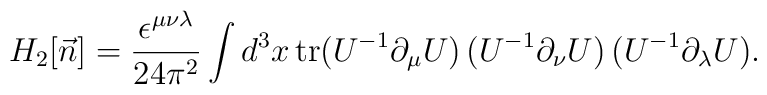
H_2[\vec n] = \frac{\epsilon^{\mu\nu\lambda}}{24\pi^2}    \int d^3 x\, \mbox{tr}(U^{-1}\partial_\mu U)\,    (U^{-1}\partial_\nu U)\,(U^{-1}\partial_\lambda U).